Report of the Indian Hemp Drugs Commission, 1894-1895 - Volume V
Year: 1894
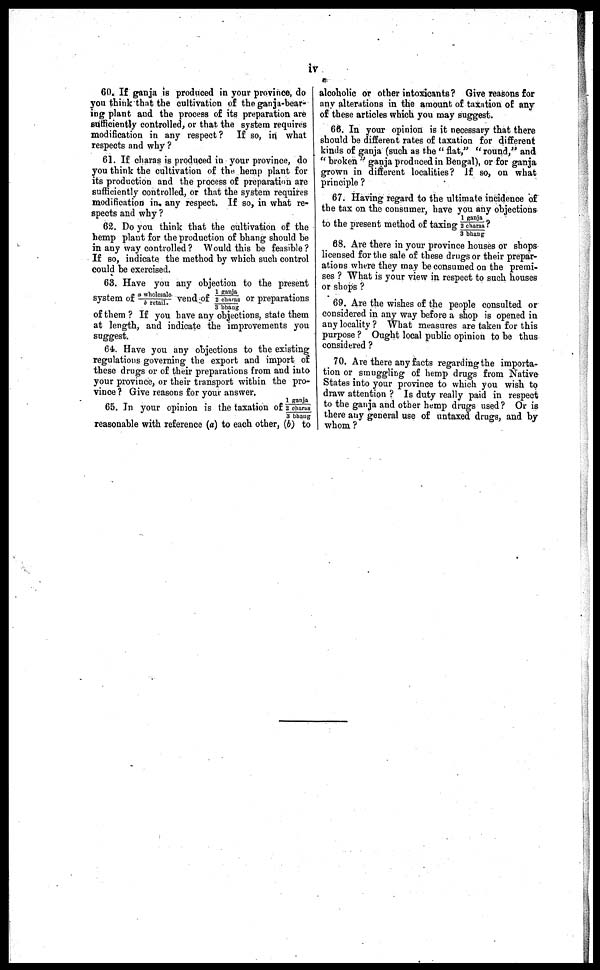
IV
60. If ganja is produced in your province, do
you think that the cultivation of the ganja-bear-
ing plant and the process of its preparation are
sufficiently controlled, or that the system requires
modification in any respect? If so, in what
respects and why?
61. If charas is produced in your province, do
you think the cultivation of the hemp plant for
its production and the process of preparation are
sufficiently controlled, or that the system requires
modification in any respect. If so, in what re
spects and why?
62. Do you think that the cultivation of the
hemp plant for the production of bhang should be
in any way controlled? Would this be feasible?
If so, indicate the method by which such control
could be exercised.
63. Have you any objection to the present
system of α whol esal e/ b retail. vend of 1 ganj a/ 2 char as/ 3 bhang or preparations
3 bhang
of them? If you have any objections, state them
at length, and indicate the improvements you
suggest.
64. Have you any objections to the existing
regulations governing the export and import of
these drugs or of their preparations from and into
your province, or their transport within the pro
vince? Give reasons for your answer.
65. In your opinion is the taxation of 1 ganja/2 charus/3 bhaug
reasonable with reference (a) to each other, (b) to
alcoholic or other intoxicants? Give reasons for
any alterations in the amount of taxation of any
of these articles which you may suggest.
66. In your opinion is it necessary that there
should be different rates of taxation for different
kinds of ganja (such as the "flat," "round," and
"broken" ganja produced in Bengal), or for ganja
grown in different localities? If so, on what
principle?
67. Having regard to the ultimate incidence of
the tax on the consumer, have you any objections
to the present method of taxing 1 ganja/2 charas/3 bhang
68. Are there in your province houses or shops
licensed for the sale of these drugs or their prepar
ations where they may be consumed on the premi
ses? What is your view in respect to such houses
or shops?
69. Are the wishes of the people consulted or
considered in any way before a shop is opened in
any locality? What measures are taken for this
purpose? Ought local public opinion to be thus
considered?
70. Are there any facts regarding the importa
tion or smuggling of hemp drugs from Native
States into your province to which you wish to
draw attention? Is duty really paid in respect
to the ganja and other hemp drugs used? Or is
there any general use of untaxed drugs, and by
whom?